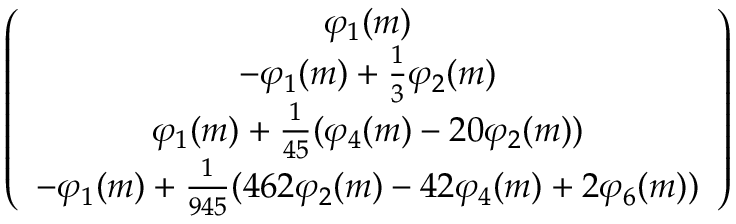
\begin{array} { r } { \left( \begin{array} { c } { \varphi _ { 1 } ( m ) } \\ { - \varphi _ { 1 } ( m ) + \frac { 1 } { 3 } \varphi _ { 2 } ( m ) } \\ { \varphi _ { 1 } ( m ) + \frac { 1 } { 4 5 } ( \varphi _ { 4 } ( m ) - 2 0 \varphi _ { 2 } ( m ) ) } \\ { - \varphi _ { 1 } ( m ) + \frac { 1 } { 9 4 5 } ( 4 6 2 \varphi _ { 2 } ( m ) - 4 2 \varphi _ { 4 } ( m ) + 2 \varphi _ { 6 } ( m ) ) } \end{array} \right) } \end{array}